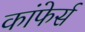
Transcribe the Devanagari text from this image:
कांफेर्स